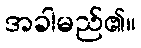
အခါမည်၏။